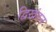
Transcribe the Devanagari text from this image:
द्विखंडन